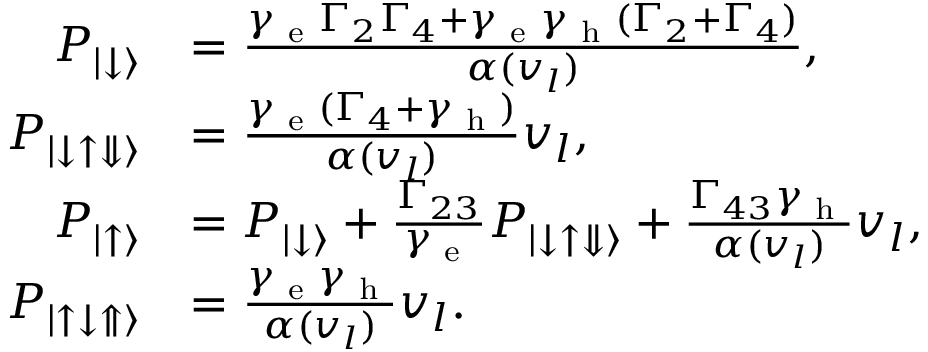
\begin{array} { r l } { P _ { | \downarrow \rangle } } & { = \frac { \gamma _ { \textrm { e } } \Gamma _ { 2 } \Gamma _ { 4 } + \gamma _ { \textrm { e } } \gamma _ { \textrm { h } } ( \Gamma _ { 2 } + \Gamma _ { 4 } ) } { \alpha ( v _ { l } ) } , } \\ { P _ { | \downarrow \uparrow \Downarrow \rangle } } & { = \frac { \gamma _ { \textrm { e } } ( \Gamma _ { 4 } + \gamma _ { \textrm { h } } ) } { \alpha ( v _ { l } ) } v _ { l } , } \\ { P _ { \left| \uparrow \right\rangle } } & { = P _ { | \downarrow \rangle } + \frac { \Gamma _ { 2 3 } } { \gamma _ { \textrm { e } } } P _ { | \downarrow \uparrow \Downarrow \rangle } + \frac { \Gamma _ { 4 3 } \gamma _ { \textrm { h } } } { \alpha ( v _ { l } ) } v _ { l } , } \\ { P _ { | \uparrow \downarrow \Uparrow \rangle } } & { = \frac { \gamma _ { \textrm { e } } \gamma _ { \textrm { h } } } { \alpha ( v _ { l } ) } v _ { l } . } \end{array}